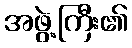
အဖွဲ့ကြီး၏